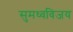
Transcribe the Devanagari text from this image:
सुमध्वविजय